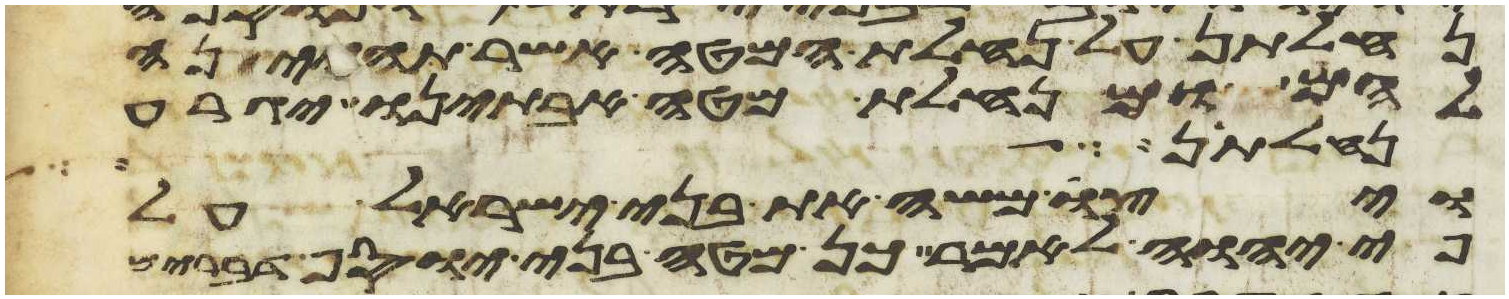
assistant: נחלתן על נחלת המטה אשר תהיינה
להם ומנחלת מטה אבתינו יגרע
נחלתן מנחלת
ויצו משה את בני ישראל על
פי יהוה לאמר כן מטה בני יוסף דברים